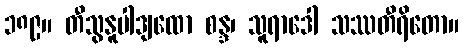
၁၈၉။ တီသွနူပါဒျထော စန္ဒ၊ သူရာဒေါ သဿတီရိတော။